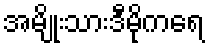
အမျိုးသားဒီမိုကရေ